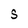
Character: S